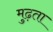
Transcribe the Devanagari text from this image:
मुढ़ता